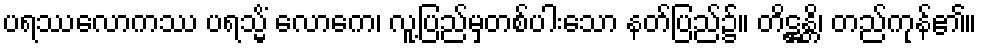
ပရဿလောကဿ ပရသ္မိံ လောကေ၊ လူ့ပြည်မှတစ်ပါးသော နတ်ပြည်၌။ တိဋ္ဌန္တိ၊ တည်ကုန်၏။